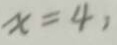
x = 4 ,